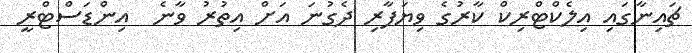
ޗައިނާގައި އިލެކްޓްރިކް ކާރުގެ ވިޔަފާރި ދެގުނަ އަށް އިތުރު ވާނެ  އިންޑަސްޓްރީ